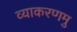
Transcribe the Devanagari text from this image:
व्याकरणमु